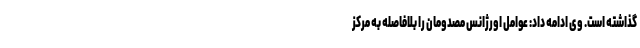
گذاشته است. وی ادامه داد: عوامل اورژانس مصدومان را بلافاصله به مرکز